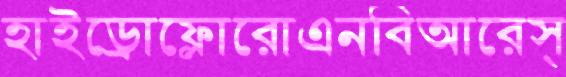
হাইড্রোফ্লোরোএনবিআরেস্